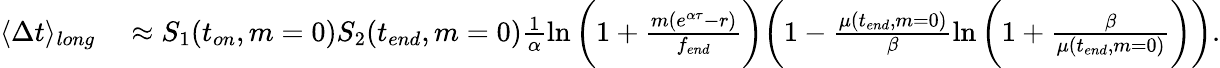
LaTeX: \begin{array}{rl}{\langle\Delta t\rangle_{long}}&{{}\approx S_{1}(t_{on},m=0)S_{2}(t_{end},m=0)\frac{1}{\alpha}\ln{\bigg(1+\frac{m(e^{\alpha\tau}-r)}{f_{end}}\bigg)}\bigg(1-\frac{\mu(t_{end},m=0)}{\beta}\ln{\bigg(1+\frac{\beta}{\mu(t_{end},m=0)}\bigg)}\bigg).}\end{array}